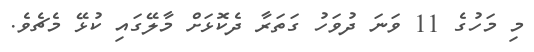
މި މަހުގެ 11 ވަނަ ދުވަހު ގަތަރާ ދެކޮޅަށް މާލޭގައި ކުޅޭ މެޗެވެ.